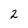
Character: 2